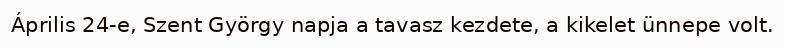
Április 24-e, Szent György napja a tavasz kezdete, a kikelet ünnepe volt.